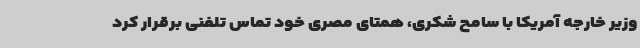
وزیر خارجه آمریکا با سامح شکری، همتای مصری خود تماس تلفنی برقرار کرد